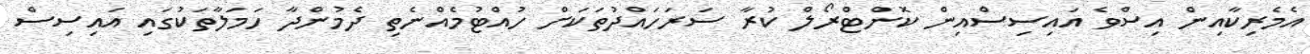
އެމެރިކާއިން އިސްވެ އައިސިސްއިން ކޮންޓްރޯލް ކުރާ ސަރަހައްދުތަކަށް ހުއްޓުމެއްނެތި ދެމުންދާ ހަމަލާތަކުގައި އައިސިސް